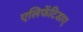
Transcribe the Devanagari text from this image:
एलिफेंटिडाए